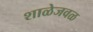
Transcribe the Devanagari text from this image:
शाळेजवळ